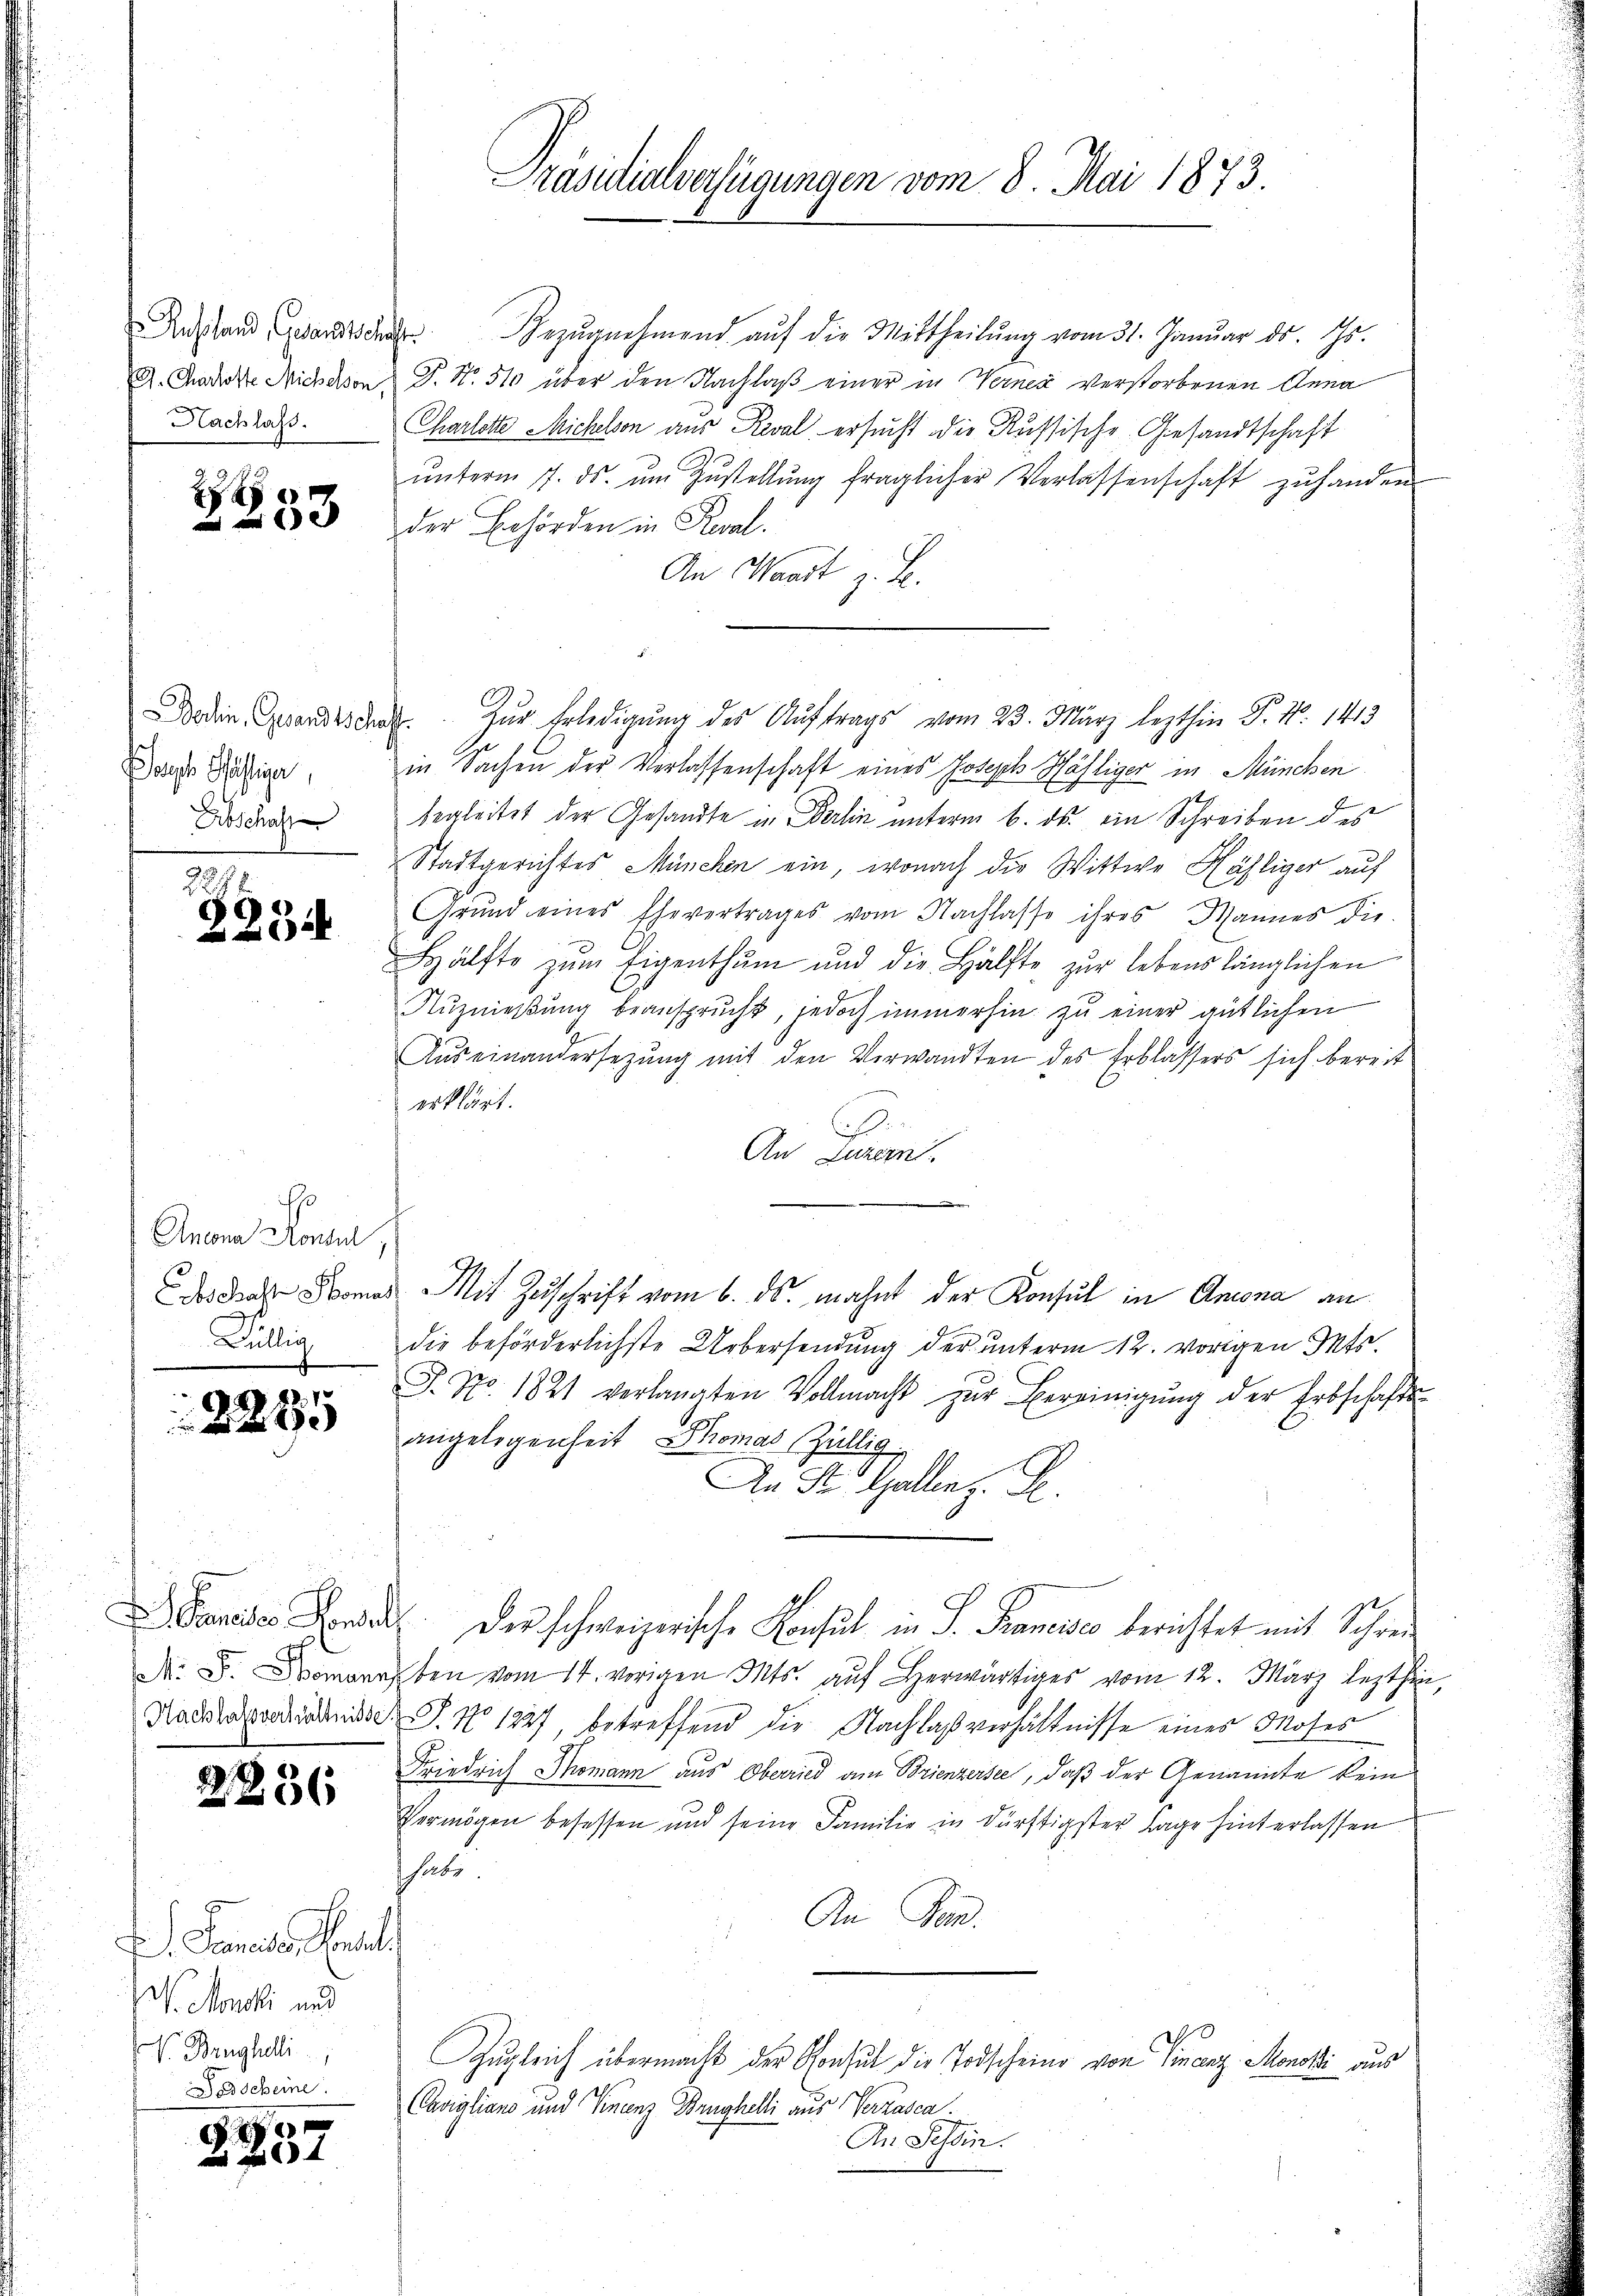
Nachlass.

2

Soupe Schäftiger,
Abschaft

224
2234

Es
Ancona Konsul,
Bällig

.
4
e

2

.

236

. Sanats Geset
V. Monski und
V. Baughei
 Bischeine

e
64

Präsidialverfügungen vom 8. Mai 1873.

Anstand werden Bezŭgnehmend aŭf die Mittheilŭng vom 31. Januar ds. Gs.
A. Charakte Michison P. Nr. 510 über den Nachlaß einer in Verner verstorbenen Anna
Charlotte Michlson aus Reval ersucht die Russische Gesandtschaft
ŭnterm 7. ds. ŭm Zŭstellŭng fraglicher Verlassenschaft zŭ handen
der Behörden in Real.
An Waadt z. B.
in Sachen der Verlassenschaft eines Joseph Häfliger in München
begleitet der Gesandte in Berlin unterm 6. ds. ein Schreiben des
Stadtgerichtes München ein, wonach die Wittwe Hähliger auf
Grŭnd eines Ehevertrages vom Nachlasse ihres Mannes die
Hälfte zŭm Eigenthum und die Hälfte zur lebenslänglichen
Aŭznießung beansprucht, jedoch immerhin zu einer gütlichen
Auseinandersetzung mit den Verwandten des Erblassers sich bereit
erklärt.
ih
An Luzern.
d
das das Krones Mit Zuschrift vom 6. ds. mahnt der Konsul in Ansona an
die beförderlichste Uebersendung der unterm 12. vorigen Pets.
J. No. 1821 verlangten Vollmacht zŭr Bereinigŭng der Erbschafte
angelegenheit Thomas Zillig
An St. Gallenz. S.
Panider Forden. Der schweizerische Konsul in P. Francisco berichtet mit Schren
N. B. Komarrsten vom 14. vorigen Mts. auf Herwärtiges vom 12. März lezthin
Nachlassverzins. No 1227, betreffend die Nachlaßverhältnisse eines Moses
Friedrich Thomann aus Oberried am Brienzersee, daß der Genannte kein
Vermögen besessen und seine Familie in dürftigster Lage hinterlassen.
habe
An an.
Zugleich übermacht der Konsul die Todscheine von Finanz. Monati aus
Cavigliano und Finanz Brughelli aus Verzasca.
An Tessin.

Boden Garden. Zur Erledigŭng des Auftrags vom 23. März lezthin P. Nr. 1413